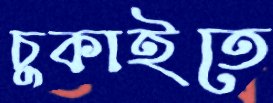
চুকাইতে